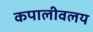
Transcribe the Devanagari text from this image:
कपालीवलय